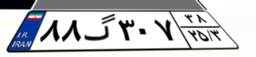
۸۸گ۳۰۷۳۸